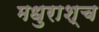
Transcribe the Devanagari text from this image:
मधुराश्च